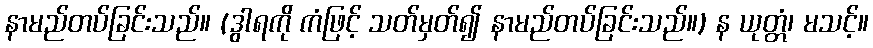
နာမည်တပ်ခြင်းသည်။ (ဒွါရကို ကံဖြင့် သတ်မှတ်၍ နာမည်တပ်ခြင်းသည်။) န ယုတ္တံ၊ မသင့်။